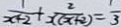
\frac { 1 } { x + 2 } + \frac { 2 } { x ( x + 2 ) } = \frac { 1 } { 3 }